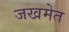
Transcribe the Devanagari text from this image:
जखमेत